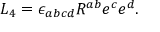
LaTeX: L _ { 4 } = \epsilon _ { a b c d } R ^ { a b } e ^ { c } e ^ { d } .